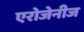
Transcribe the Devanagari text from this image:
एरोजेनीज